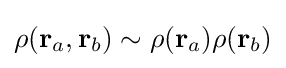
\rho (\mathbf {r} _{a},\mathbf {r} _{b})\sim \rho (\mathbf {r} _{a})\rho (\mathbf {r} _{b})